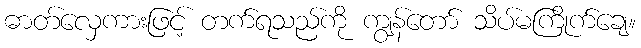
ဓာတ်လှေကားဖြင့် တက်ရသည်ကို ကျွန်တော် သိပ်မကြိုက်ချေ။